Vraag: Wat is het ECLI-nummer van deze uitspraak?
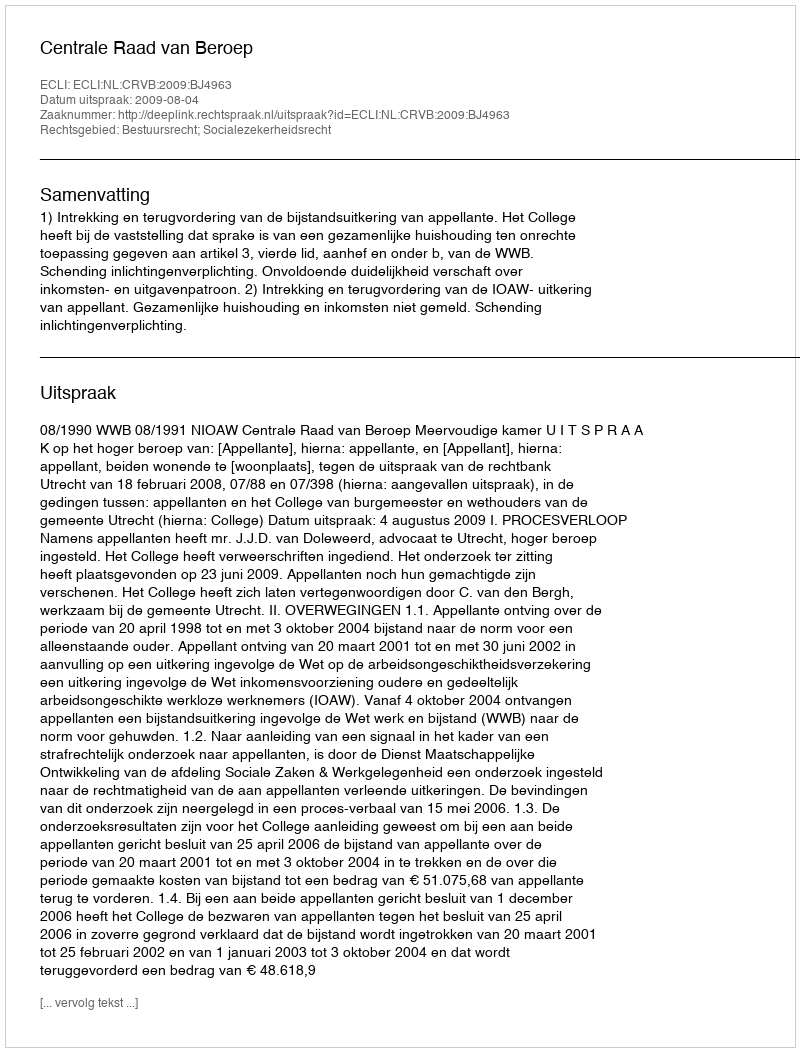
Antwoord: ECLI:NL:CRVB:2009:BJ4963